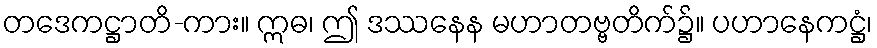
တဒေကဋ္ဌာတိ-ကား။ ဣဓ၊ ဤ ဒဿနေန မဟာတဗ္ဗတိက်၌။ ပဟာနေကဋ္ဌံ၊